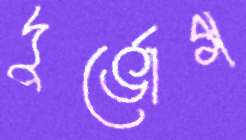
দুর্ভোগ